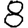
Digit: 8